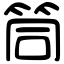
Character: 筒